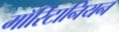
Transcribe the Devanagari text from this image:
मॉरिटानियन